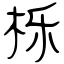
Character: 栎